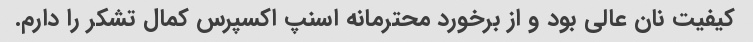
کیفیت نان عالی بود و از برخورد محترمانه اسنپ اکسپرس کمال تشکر را دارم.